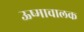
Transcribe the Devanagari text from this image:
ऊष्माचालक